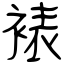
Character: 裱